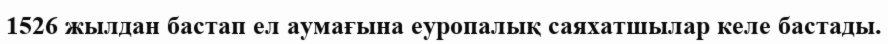
1526 жылдан бастап ел аумағына еуропалық саяхатшылар келе бастады.